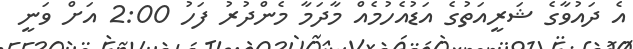
އެ ދައުވާގެ ޝަރީއަތުގެ އަޑުއެހުމެއް މާދަމާ މެންދުރު ފަހު 2:00 އަށް ވަނީ